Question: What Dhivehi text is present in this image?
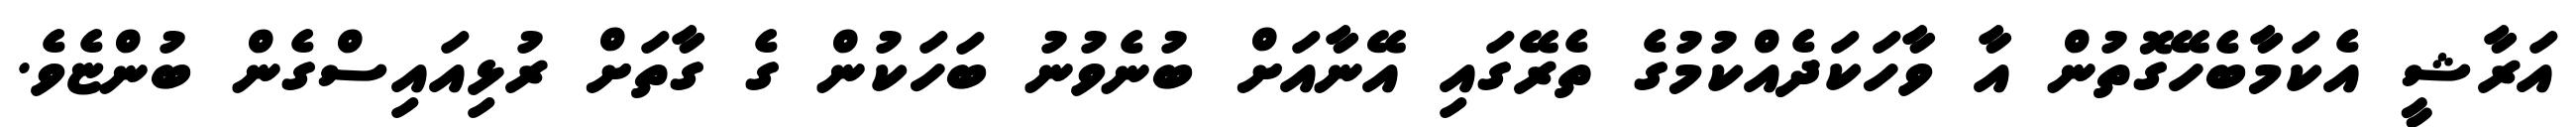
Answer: އަރާޝީ އެކަމާބެހޭގޮތުން އާ ވާހަކަދެއްކުމުގެ ތެރޭގައި އޭނާއަށް ބުނެވުނު ބަހަކުން ގެ ގާތަށް ރުޅިއައިސްގެން ބުންޏެވެ.